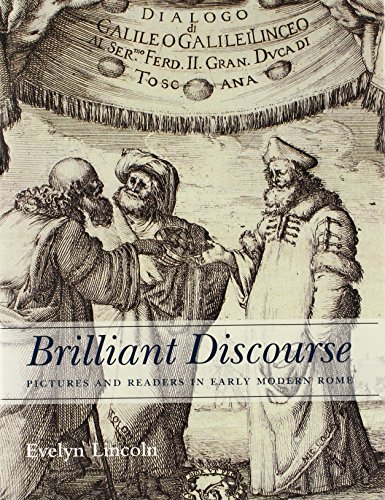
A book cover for Brilliant Discourse: Pictures and Readers in Early Modern Rome; Evelyn Lincoln; Crafts, Hobbies & Home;